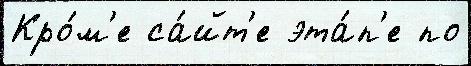
Кро́м'е са́йт'е эта́п'е по